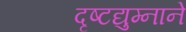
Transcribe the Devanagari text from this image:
दृष्टद्युम्नाने